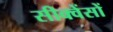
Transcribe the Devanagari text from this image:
सीक्वेंसों